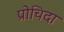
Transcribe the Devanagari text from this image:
प्रोचिदा